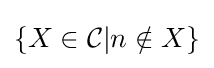
\lbrace X\in {\mathcal {C}}|n\notin X\rbrace